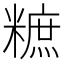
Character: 𥼌